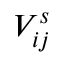
V _ { i j } ^ { s }